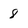
Character: 8